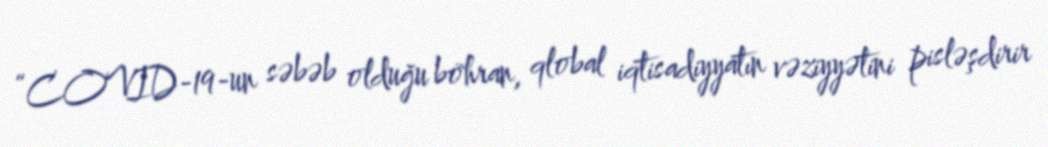
“COVID-19-un səbəb olduğu böhran, qlobal iqtisadiyyatın vəziyyətini pisləşdirir